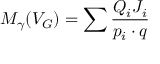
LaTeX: M _ { \gamma } ( V _ { G } ) = \sum \frac { Q _ { i } J _ { i } } { p _ { i } \cdot q }